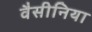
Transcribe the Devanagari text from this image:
वैसीनिया